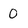
Character: O